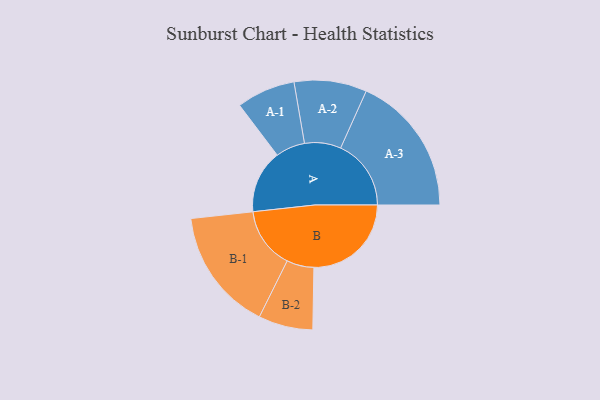
{"axis": {"x": "Segment", "y": "Value"}, "legend": ["", "A", "B"], "data": [{"x": "A", "y": 237, "type": ""}, {"x": "B", "y": 365, "type": ""}, {"x": "A-1", "y": 110, "type": "A"}, {"x": "A-2", "y": 136, "type": "A"}, {"x": "A-3", "y": 264, "type": "A"}, {"x": "B-1", "y": 230, "type": "B"}, {"x": "B-2", "y": 102, "type": "B"}]}